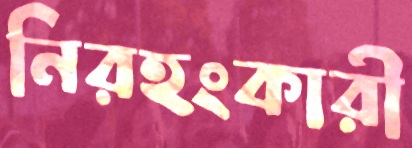
নিরহংকারী